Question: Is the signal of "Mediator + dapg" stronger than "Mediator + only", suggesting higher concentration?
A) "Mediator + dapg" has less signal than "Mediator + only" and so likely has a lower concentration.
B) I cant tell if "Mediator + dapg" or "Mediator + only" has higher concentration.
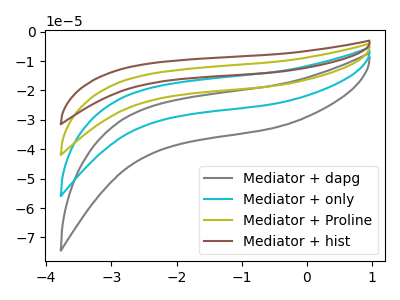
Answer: <think>The gray curve "Mediator + dapg" has no peaks. The cyan curve "Mediator + only" has no peaks. The olive curve "Mediator + Proline" has no peaks. The brown curve "Mediator + hist" has no peaks.
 Neither "Mediator + dapg" or "Mediator + only" have any peaks.</think>
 <answer>B) I cant tell if "Mediator + dapg" or "Mediator + only" has higher concentration.</answer>
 <eval>B</eval>